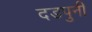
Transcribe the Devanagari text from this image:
दडपुनी